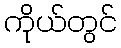
ကိုယ်တွင်